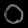
Digit: ၀